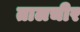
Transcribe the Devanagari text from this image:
तालचीर